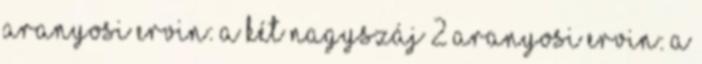
Aranyosi Ervin: A két nagyszáj 2 Aranyosi Ervin: A